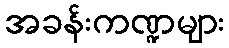
အခန်းကဏ္ဍများ